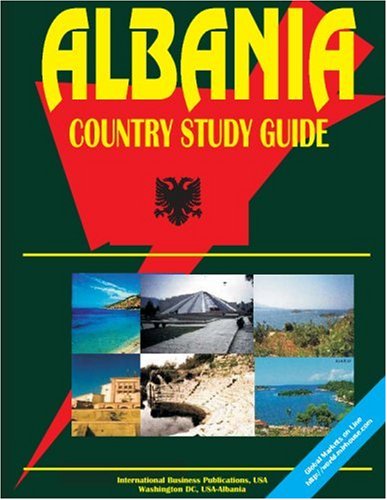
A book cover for North Korea Country Study Guide; USA International Business Publications; Travel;